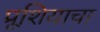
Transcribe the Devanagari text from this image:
प्रूशियाचा